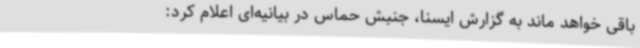
باقی خواهد ماند به گزارش ایسنا، جنبش حماس در بیانیه‌ای اعلام کرد: